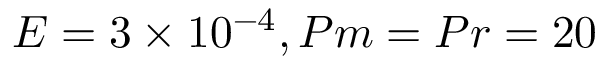
E = 3 \times 1 0 ^ { - 4 } , P m = P r = 2 0